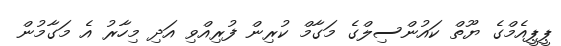
ޕީޕީއެމްގެ ޔޫތް ކައުންސިލްގެ މަގާމް ކުރިން ފުރިއްވި އަދި މިހާރު އެ މަގާމުން